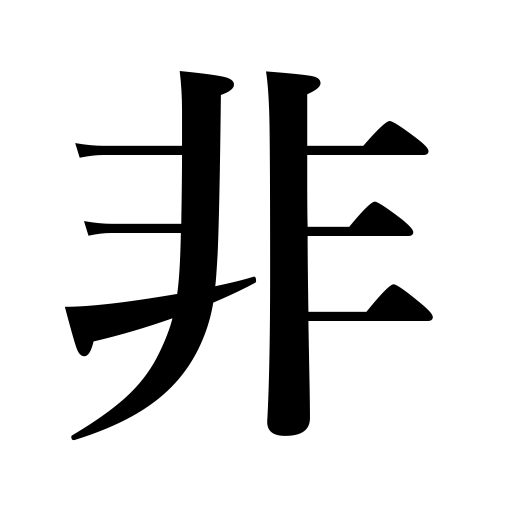
Meanings: wrong,non,mistake,misdeed,injustice,un,anti